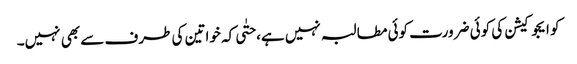
کو ایجوکیشن کی کوئی ضرورت کوئی مطالبہ نہیں ہے، حتٰی کہ خواتین کی طرف سے بھی نہیں۔